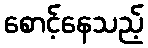
စောင့်နေသည့်